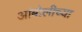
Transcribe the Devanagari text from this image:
आंबोलीच्या